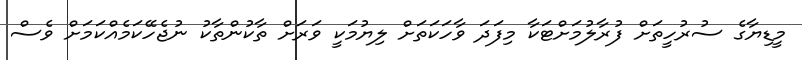
މީޑިޔާގެ ސުރުހީތަށް ފުރާލުމަށްޓަކާ މިފަދަ ވާހަކަތަށް ލިޔުމަކީ ވަރަށް ތާކުންތާކު ނުޖެހޭކަމެއްކަމަށް ވެސް